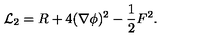
{ \cal L } _ { 2 } = R + 4 ( \nabla \phi ) ^ { 2 } - \frac { 1 } { 2 } F ^ { 2 } .